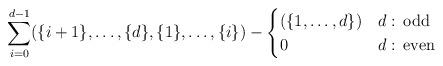
LaTeX: \begin{align*}\sum_{i=0}^{d-1}(\{i+1\},\dots,\{d\},\{1\},\dots,\{i\})-\begin{cases}(\{1,\dots,d\}) & d:\,{\rm odd}\\0 & d:\,{\rm even}\end{cases}\end{align*}